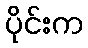
ပိုင်းက